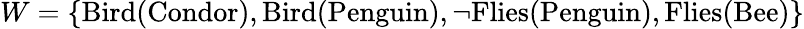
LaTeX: W=\{ \mathrm{Bird}(\mathrm{Condor}),\mathrm{Bird}(\mathrm{Penguin}),\neg\mathrm{Flies}(\mathrm{Penguin}),\mathrm{Flies}(\mathrm{Bee})\}